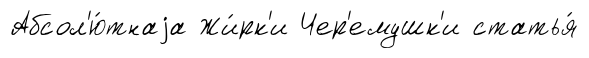
Абсол'ю́тнаjа Жи́рк'и Чер'емушк'и статья́